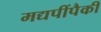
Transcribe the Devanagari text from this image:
मद्यपींपैकी